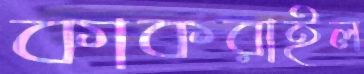
কাকরাইল